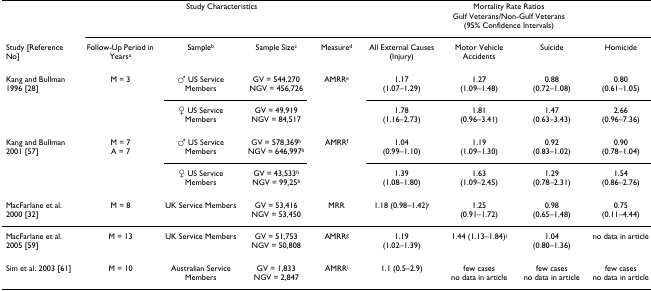
<table><thead><tr><td></td><td colspan="4"><b>Study Characteristics</b></td><td colspan="4"><b>Mortality Rate RatiosGulf Veterans/Non-Gulf Veterans(95% Confidence Intervals)</b></td></tr><tr><td><b>Study [Reference No]</b></td><td><b>Follow-Up Period in Years<sup>a</sup></b></td><td><b>Sample<sup>b</sup></b></td><td><b>Sample Size<sup>c</sup></b></td><td><b>Measure<sup>d</sup></b></td><td><b>All External Causes (Injury)</b></td><td><b>Motor Vehicle Accidents</b></td><td><b>Suicide</b></td><td><b>Homicide</b></td></tr></thead><tbody><tr><td>Kang and Bullman 1996 [28]</td><td>M = 3</td><td>♂ US Service Members</td><td>GV = 544,270NGV = 456,726</td><td>AMRR<sup>e</sup></td><td>1.17 (1.07–1.29)</td><td>1.27 (1.09–1.48)</td><td>0.88 (0.72–1.08)</td><td>0.80 (0.61–1.05)</td></tr><tr><td></td><td></td><td>♀ US Service Members</td><td>GV = 49,919NGV = 84,517</td><td></td><td>1.78 (1.16–2.73)</td><td>1.81 (0.96–3.41)</td><td>1.47 (0.63–3.43)</td><td>2.66 (0.96–7.36)</td></tr><tr><td>Kang and Bullman 2001 [57]</td><td>M = 7A = 7</td><td>♂ US Service Members</td><td>GV = 578,369<sup>h</sup>NGV = 646,997<sup>h</sup></td><td>AMRR<sup>f</sup></td><td>1.04 (0.99–1.10)</td><td>1.19 (1.09–1.30)</td><td>0.92 (0.83–1.02)</td><td>0.90 (0.78–1.04)</td></tr><tr><td></td><td></td><td>♀ US Service Members</td><td>GV = 43,533<sup>h</sup>NGV = 99,25<sup>h</sup></td><td></td><td>1.39 (1.08–1.80)</td><td>1.63 (1.09–2.45)</td><td>1.29 (0.78–2.31)</td><td>1.54 (0.86–2.76)</td></tr><tr><td>MacFarlane et al. 2000 [32]</td><td>M = 8</td><td>UK Service Members</td><td>GV = 53,416NGV = 53,450</td><td>MRR</td><td>1.18 (0.98–1.42)<sup>i</sup></td><td>1.25 (0.91–1.72)</td><td>0.98 (0.65–1.48)</td><td>0.75 (0.11–4.44)</td></tr><tr><td>MacFarlane et al. 2005 [59]</td><td>M = 13</td><td>UK Service Members</td><td>GV = 51,753NGV = 50,808</td><td>AMRR<sup>g</sup></td><td>1.19 (1.02–1.39)</td><td>1.44 (1.13–1.84)<sup>j</sup></td><td>1.04 (0.80–1.36)</td><td>no data in article</td></tr><tr><td>Sim et al. 2003 [61]</td><td>M = 10</td><td>Australian Service Members</td><td>GV = 1,833NGV = 2,847</td><td>AMRR<sup>i</sup></td><td>1.1 (0.5–2.9)</td><td>few casesno data in article</td><td>few casesno data in article</td><td>few casesno data in article</td></tr></tbody></table>